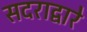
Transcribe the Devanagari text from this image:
सदराद्वारे